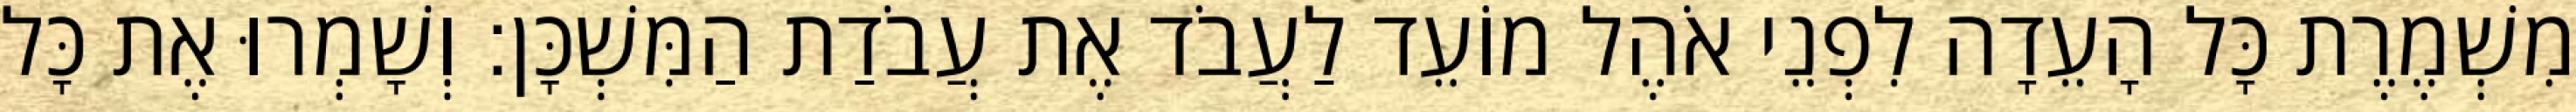
מִשְׁמֶרֶת כָּל הָעֵדָה לִפְנֵי אֹהֶל מוֹעֵד לַעֲבֹד אֶת עֲבֹדַת הַמִּשְׁכָּן׃ וְשָׁמְרוּ אֶת כָּל